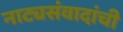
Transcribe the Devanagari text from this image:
नाट्यसंवादांची